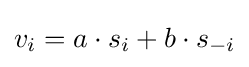
v_{i}=a\cdot s_{i}+b\cdot s_{-i}